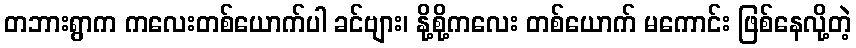
တဘားရွာက ကလေးတစ်ယောက်ပါ ခင်ဗျား၊ နို့စို့ကလေး တစ်ယောက် မကောင်း ဖြစ်နေလို့တဲ့